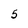
Character: 5